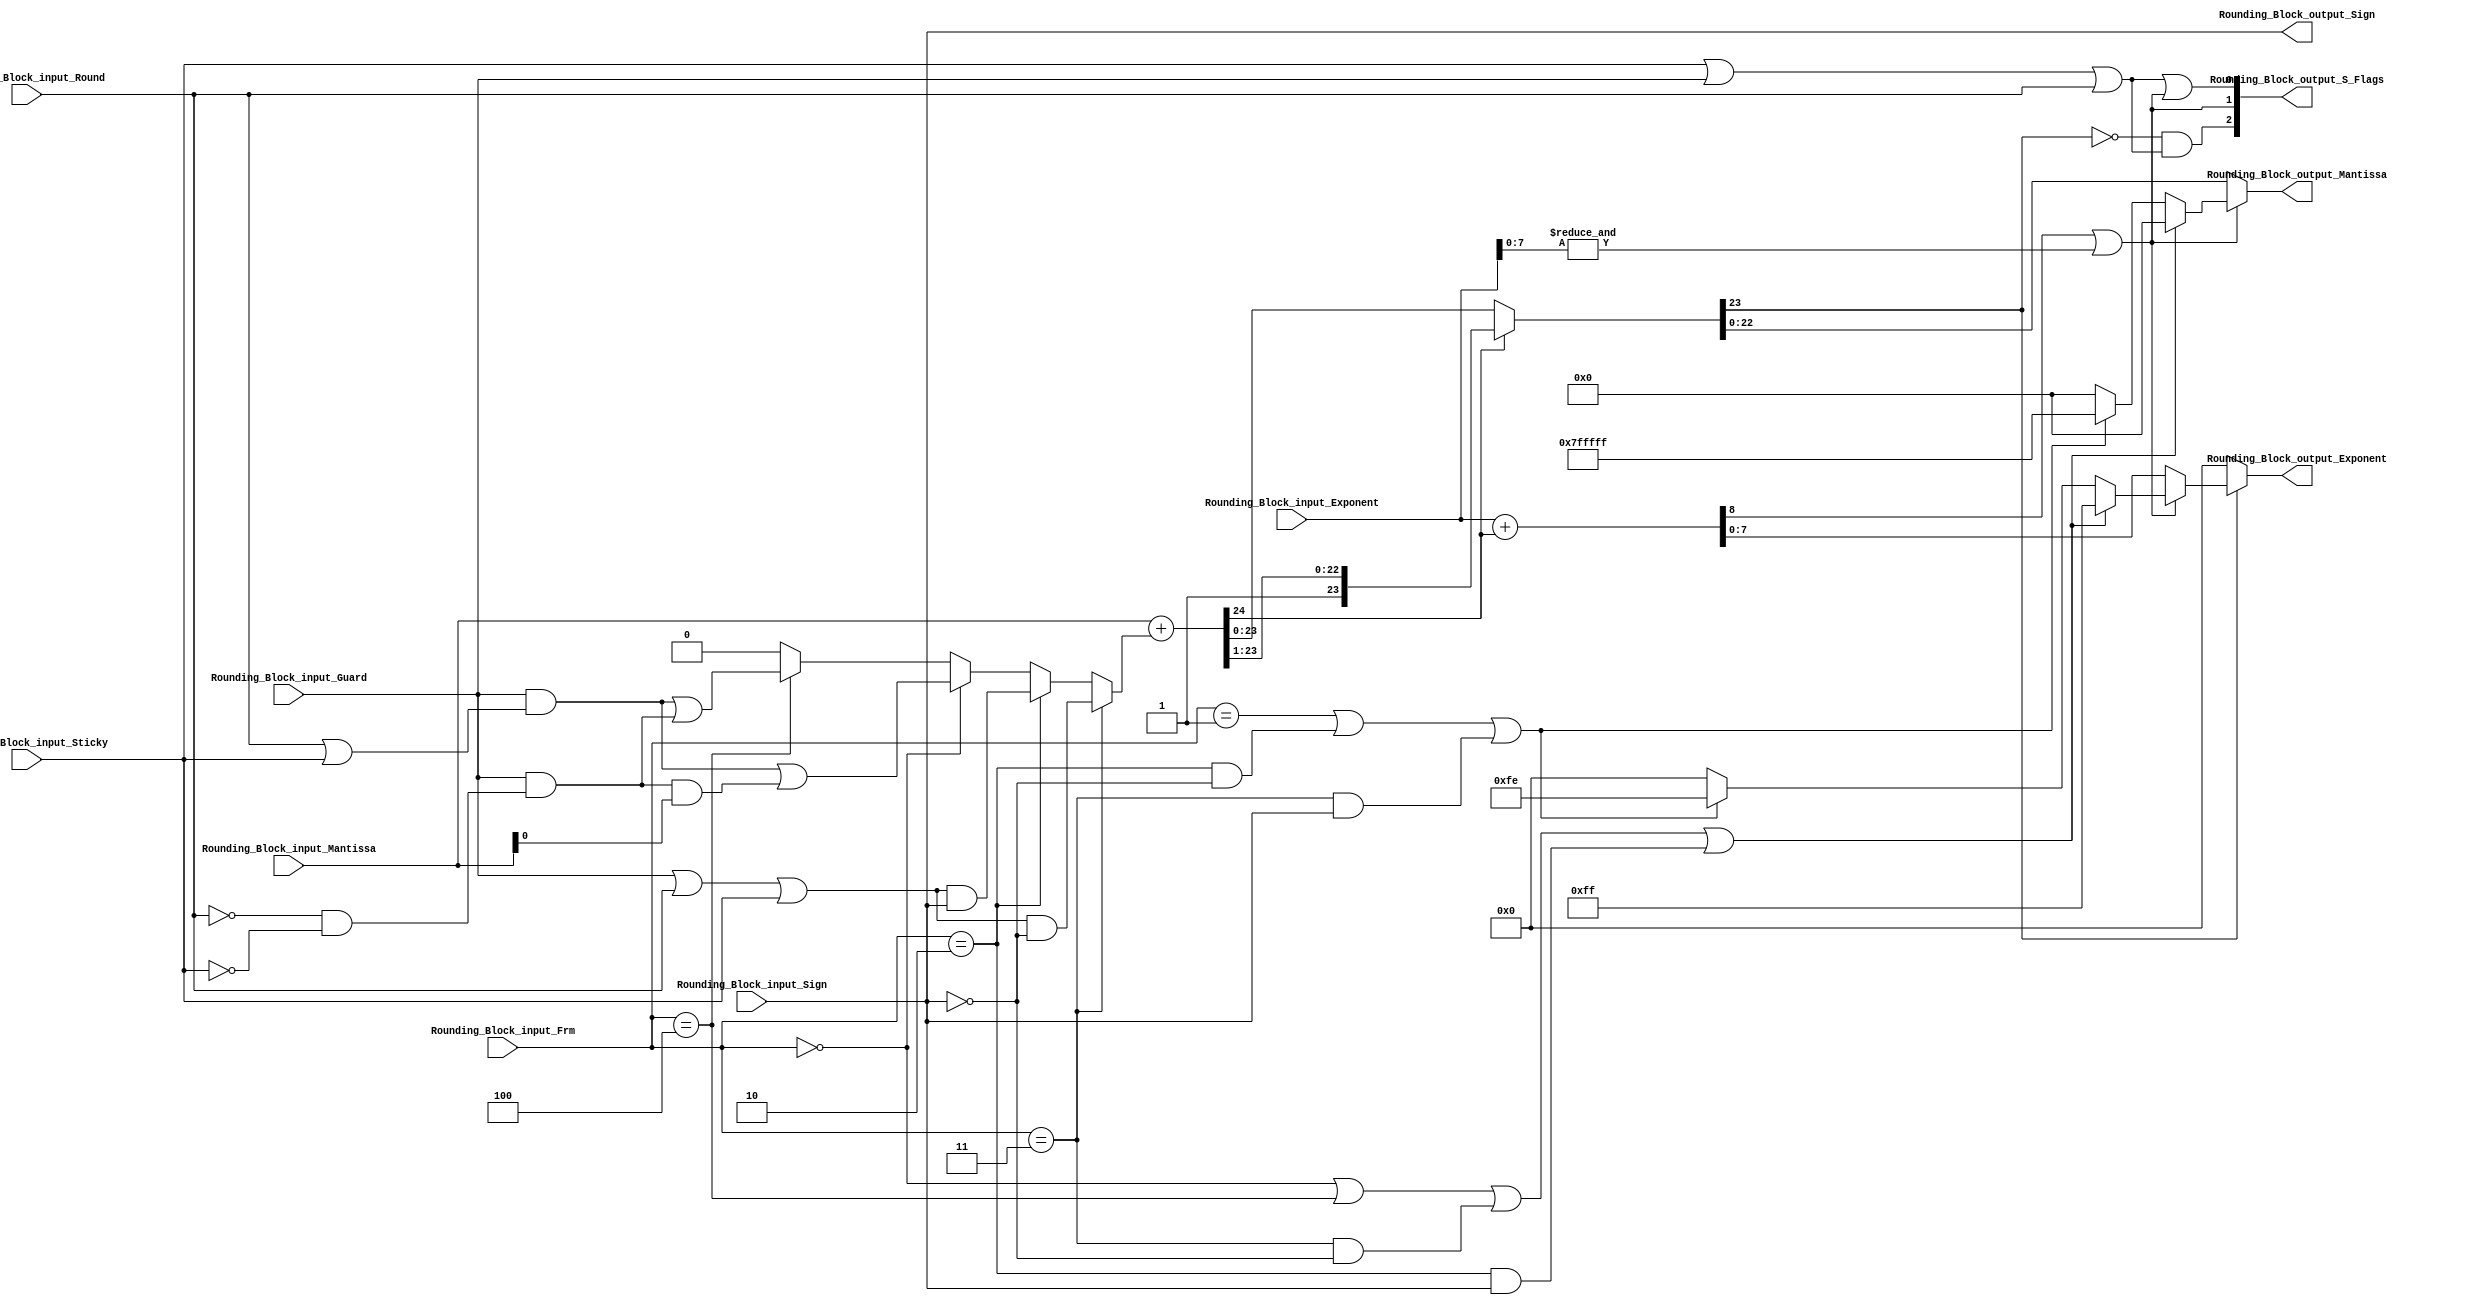
//moduel resposible for exponent matching 

module FMADD_Roudning_Block_Addition( Rounding_Block_input_Mantissa,Rounding_Block_input_Exponent,Rounding_Block_input_Sign,Rounding_Block_input_Guard,Rounding_Block_input_Round,Rounding_Block_input_Sticky,Rounding_Block_input_Frm,Rounding_Block_output_Exponent,Rounding_Block_output_Sign,Rounding_Block_output_Mantissa,Rounding_Block_output_S_Flags);

//declaration of paramters
parameter std = 31;
parameter man = 22;
parameter exp = 7;

//declaration of inputs
input [man+1:0] Rounding_Block_input_Mantissa;
input [exp+1:0] Rounding_Block_input_Exponent;
input Rounding_Block_input_Sign,Rounding_Block_input_Guard,Rounding_Block_input_Round,Rounding_Block_input_Sticky;
input [2:0] Rounding_Block_input_Frm;

//declaration of outputs 
output [man:0] Rounding_Block_output_Mantissa;
output [exp:0] Rounding_Block_output_Exponent;
output Rounding_Block_output_Sign;
output [2:0] Rounding_Block_output_S_Flags;

//interim wires 
wire Rounding_Block_Bit_pos_inf;
wire Rounding_Block_Bit_neg_inf;
wire Rounding_Block_Bit_RNE;
wire Rounding_Block_Bit_RN_MM;
wire Rounding_Block_Bit_Round_up;
wire [man+1:0] Rounding_Block_interim_Mantissa;
wire Rounding_Block_Bit_Carry;
wire [man+1:0] Rounding_Block_Shifter_output;
wire [exp+1:0] Rounding_Block_interim_exponent;
wire [exp:0] Rounding_Block_final_exponent;
wire Roinding_Block_Overflow_check;


//main functionality 
assign Rounding_Block_Bit_pos_inf = ( (Rounding_Block_input_Guard) | (Rounding_Block_input_Round) | (Rounding_Block_input_Sticky) ) & ( ~(Rounding_Block_input_Sign) );
assign Rounding_Block_Bit_neg_inf = ( (Rounding_Block_input_Guard) | (Rounding_Block_input_Round) | (Rounding_Block_input_Sticky) ) & (Rounding_Block_input_Sign);
assign Rounding_Block_Bit_RNE = ( Rounding_Block_input_Guard & ( Rounding_Block_input_Round | Rounding_Block_input_Sticky )) | ( ( Rounding_Block_input_Guard & ( (~Rounding_Block_input_Round) & (~Rounding_Block_input_Sticky) )) & Rounding_Block_input_Mantissa[0] ); 
assign Rounding_Block_Bit_RN_MM = ( Rounding_Block_input_Guard & ( Rounding_Block_input_Round | Rounding_Block_input_Sticky )) | ( Rounding_Block_input_Guard & ( (~Rounding_Block_input_Round) & (~Rounding_Block_input_Sticky) ));

assign Rounding_Block_Bit_Round_up = (Rounding_Block_input_Frm == 3'b011) ? Rounding_Block_Bit_pos_inf : (Rounding_Block_input_Frm == 3'b010) ? Rounding_Block_Bit_neg_inf : (Rounding_Block_input_Frm == 3'b000) ? Rounding_Block_Bit_RNE : (Rounding_Block_input_Frm == 3'b100) ? Rounding_Block_Bit_RN_MM : 1'b0; 

assign { Rounding_Block_Bit_Carry, Rounding_Block_interim_Mantissa} = {1'b0,Rounding_Block_input_Mantissa} + Rounding_Block_Bit_Round_up ;
assign Rounding_Block_Shifter_output = (Rounding_Block_Bit_Carry) ? { Rounding_Block_Bit_Carry , Rounding_Block_interim_Mantissa[man+1:1]} : Rounding_Block_interim_Mantissa[man+1:0]  ;
assign Rounding_Block_interim_exponent = Rounding_Block_input_Exponent + Rounding_Block_Bit_Carry;
assign Roinding_Block_Overflow_check = (Rounding_Block_interim_exponent[exp+1] | (& Rounding_Block_input_Exponent[exp:0]) );


assign Rounding_Block_final_exponent  = (Roinding_Block_Overflow_check) ? ( ((Rounding_Block_input_Frm ==3'b000 | Rounding_Block_input_Frm == 3'b100 | (Rounding_Block_input_Frm == 3'b011 & (~Rounding_Block_input_Sign)) | (Rounding_Block_input_Frm == 3'b010 & (Rounding_Block_input_Sign))  ) ) ? {exp+1{1'b1}} : ((Rounding_Block_input_Frm ==3'b001 | (Rounding_Block_input_Frm == 3'b010 & (~Rounding_Block_input_Sign))) | (Rounding_Block_input_Frm == 3'b011 & (Rounding_Block_input_Sign)) ) ? {{exp{1'b1}},1'b0} : {exp+1{1'b0}} ) : Rounding_Block_interim_exponent[exp:0] ;
assign Rounding_Block_output_Exponent = (Rounding_Block_Shifter_output[man+1] ) ? Rounding_Block_final_exponent : {exp+1{1'b0}} ; 
assign Rounding_Block_output_Mantissa  = (Roinding_Block_Overflow_check) ? ( ((Rounding_Block_input_Frm ==3'b000 | Rounding_Block_input_Frm == 3'b100 | (Rounding_Block_input_Frm == 3'b011 & (~Rounding_Block_input_Sign)) | (Rounding_Block_input_Frm == 3'b010 & (Rounding_Block_input_Sign))  ) ) ? {man+1{1'b0}} : ((Rounding_Block_input_Frm ==3'b001 | (Rounding_Block_input_Frm == 3'b010 & (~Rounding_Block_input_Sign))) | (Rounding_Block_input_Frm == 3'b011 & (Rounding_Block_input_Sign)) ) ? {man+1{1'b1}} : {man+1{1'b0}} ) : Rounding_Block_Shifter_output[man:0];
assign Rounding_Block_output_Sign = Rounding_Block_input_Sign;

//delcaration of inexact flag
assign Rounding_Block_output_S_Flags[0] = Rounding_Block_input_Sticky | Rounding_Block_input_Guard | Rounding_Block_input_Round | Roinding_Block_Overflow_check ;
//declaration of overflow flag
assign Rounding_Block_output_S_Flags[1] = Roinding_Block_Overflow_check ;
//declaration of under flow flag
assign Rounding_Block_output_S_Flags[2] = (~Rounding_Block_Shifter_output[man+1]) & ( (Rounding_Block_input_Sticky) | (Rounding_Block_input_Guard) | (Rounding_Block_input_Round) ) ;

endmodule